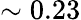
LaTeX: \sim 0.23